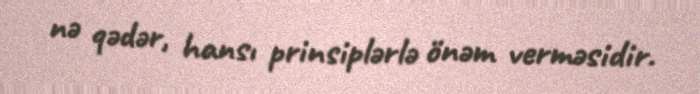
nə qədər, hansı prinsiplərlə önəm verməsidir.